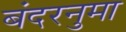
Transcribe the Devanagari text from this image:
बंदरनुमा